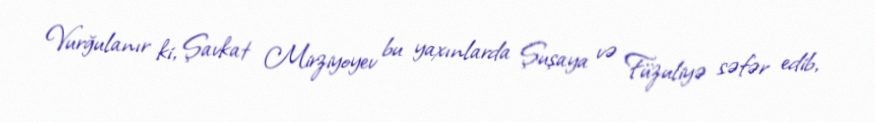
Vurğulanır ki, Şavkat Mirziyoyev bu yaxınlarda Şuşaya və Füzuliyə səfər edib,